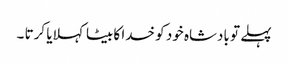
پہلے تو بادشاہ خود کو خدا کا بیٹا کہلایا کرتا ۔